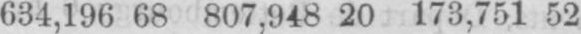
634,196 68 807,948 20 173,751 52